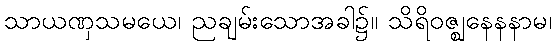
သာယဏှသမယေ၊ ညချမ်းသောအခါ၌။ သိရိဝဇ္ဈနေနနာမ၊